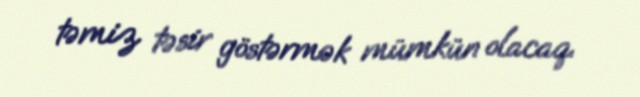
təmiz təsir göstərmək mümkün olacaq.